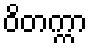
ဝိတက္ကာ